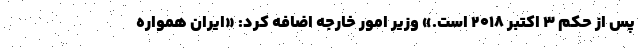
پس از حکم ۳ اکتبر ۲۰۱۸ است.» وزیر امور خارجه اضافه کرد: «ایران همواره